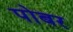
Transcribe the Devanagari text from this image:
पोबर